Statistical return of the lunatic asylum in Assam - 1912-1932
Year: 1912
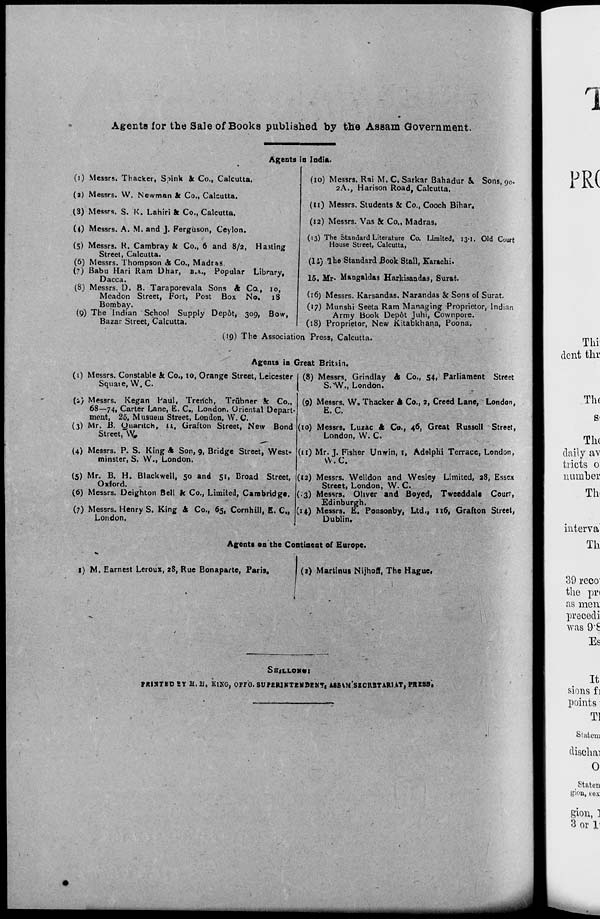
Ag-ents lor the Sale of Books published by the Assam Government.
Agents in India.
(1) Messrs. Thacker, Ssink Ac Co., Calcutta.
(2) Messrs. W. Newman k Co., Calcutta.
(3) Messrs. S. K. Lahiri k Co., Calcutta.
(0 Messrs. A. M. and J. Ferguson, Ceylon.
(5) Messrs. R. Cambray k Co., 6 and 8/2, Hasting
Street, Calcutta.
(6) Messrs. Thompson & Co., Madras.
(7) Babu Hari Ram Dhar, B.A., Popular Library,
Dacca.
(8) Messrs. D. B. Taraporevala Sons & Co., io,
Meadon Street, Fort, Post Box No. 18
Bombay.
(9) The Indian School Supply Depot, 309, Bow,
Bazar Street, Calcutta.
(10) Messrs. Rai M. C. Sarkar Bahadur &. Sons, 90.
2A., Harison Road, Calcutta.
(11) Messrs. Students & Co., Cooch Bihar,
(12) Messrs. Vas & Co., Madras.
(13) The Standard Literature Co. limited, 13-1. Old Court
House Street, Calcutta,
(li) Ihe Standard Book Stall, Karachi.
15. Mr. Mangaldas Harkisandas, Surafc.
(16) Messrs. Karsandas. Narandas & Sons of Surat.
(17) Munshi Seeta Ram Managing Proprietor, Indian
Army Book Depot Juhi, Cownpore.
(18) Proprietor, New Kitabkhana, Poona.
(19) The Association Press, Calcutta.
Agents in Great Britain.
(1) Messrs. Constable k Co., 10, Orange Street, Leicester
Square, W. C.
(i) Messrs. Regan Paul, Trerich, Trubner k Co.,
68—74, Carter Lane, E. C„ London. Oriental Depart-
ment, 25, Musueiu Street, London, W. C.
(3) Mr. B. yuantch, u, Grafton Street, New Bond
Street, \V„
(4) Messrs. P. S. King A Son, 9, Bridge Street, West-
minster, S. W., London.
(5) Mr. B. H. Blackwell, 50 and 51, Broad Street,
Oxford. _
(6) Messrs. Deighton Bell k Co., Limited, Cambridge.
(7) Messrs. Henry S. King St Co., 65, Cornhill, E. C„
London.
(8) Messrs. Grindlay & Co., 54, Parliament Street
S.'W., London.
(9) Messrs. W. Thacker & Co., 2, Creed Lane, London,
E. C.
(10) Messrs. Luzac k Co., 4 6 i Great Russell Street,
London, W. C.
(11) Mr. J. Fisher Unwin, 1, Adelphi Terrace, London,
VV. C.
(12) Messrs. Welldon and Wesley Limited, 28, Essex
Street, London, W. C
(.'3) Messrs. Oliver and Boyed, Tweeddale Courf,
Edinburgh.
(14) Messrs. E. Ponsonby, Ltd., 116, Grafton Street,
Dublin.
Agents on the Continent of Europe.
1) M. Earnest Leroux, 28, Rue Bonaparte, Paris,
(2) Marfcinus Nijhoff, The Hague.
J
SHjLLOMtt:
PRINTED SY H. II, KING, OPFG. SUFERIKTEMDENTj ASBiMlSECRSTARUT, PRESS,